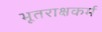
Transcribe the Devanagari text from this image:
भूतराक्षकर्म